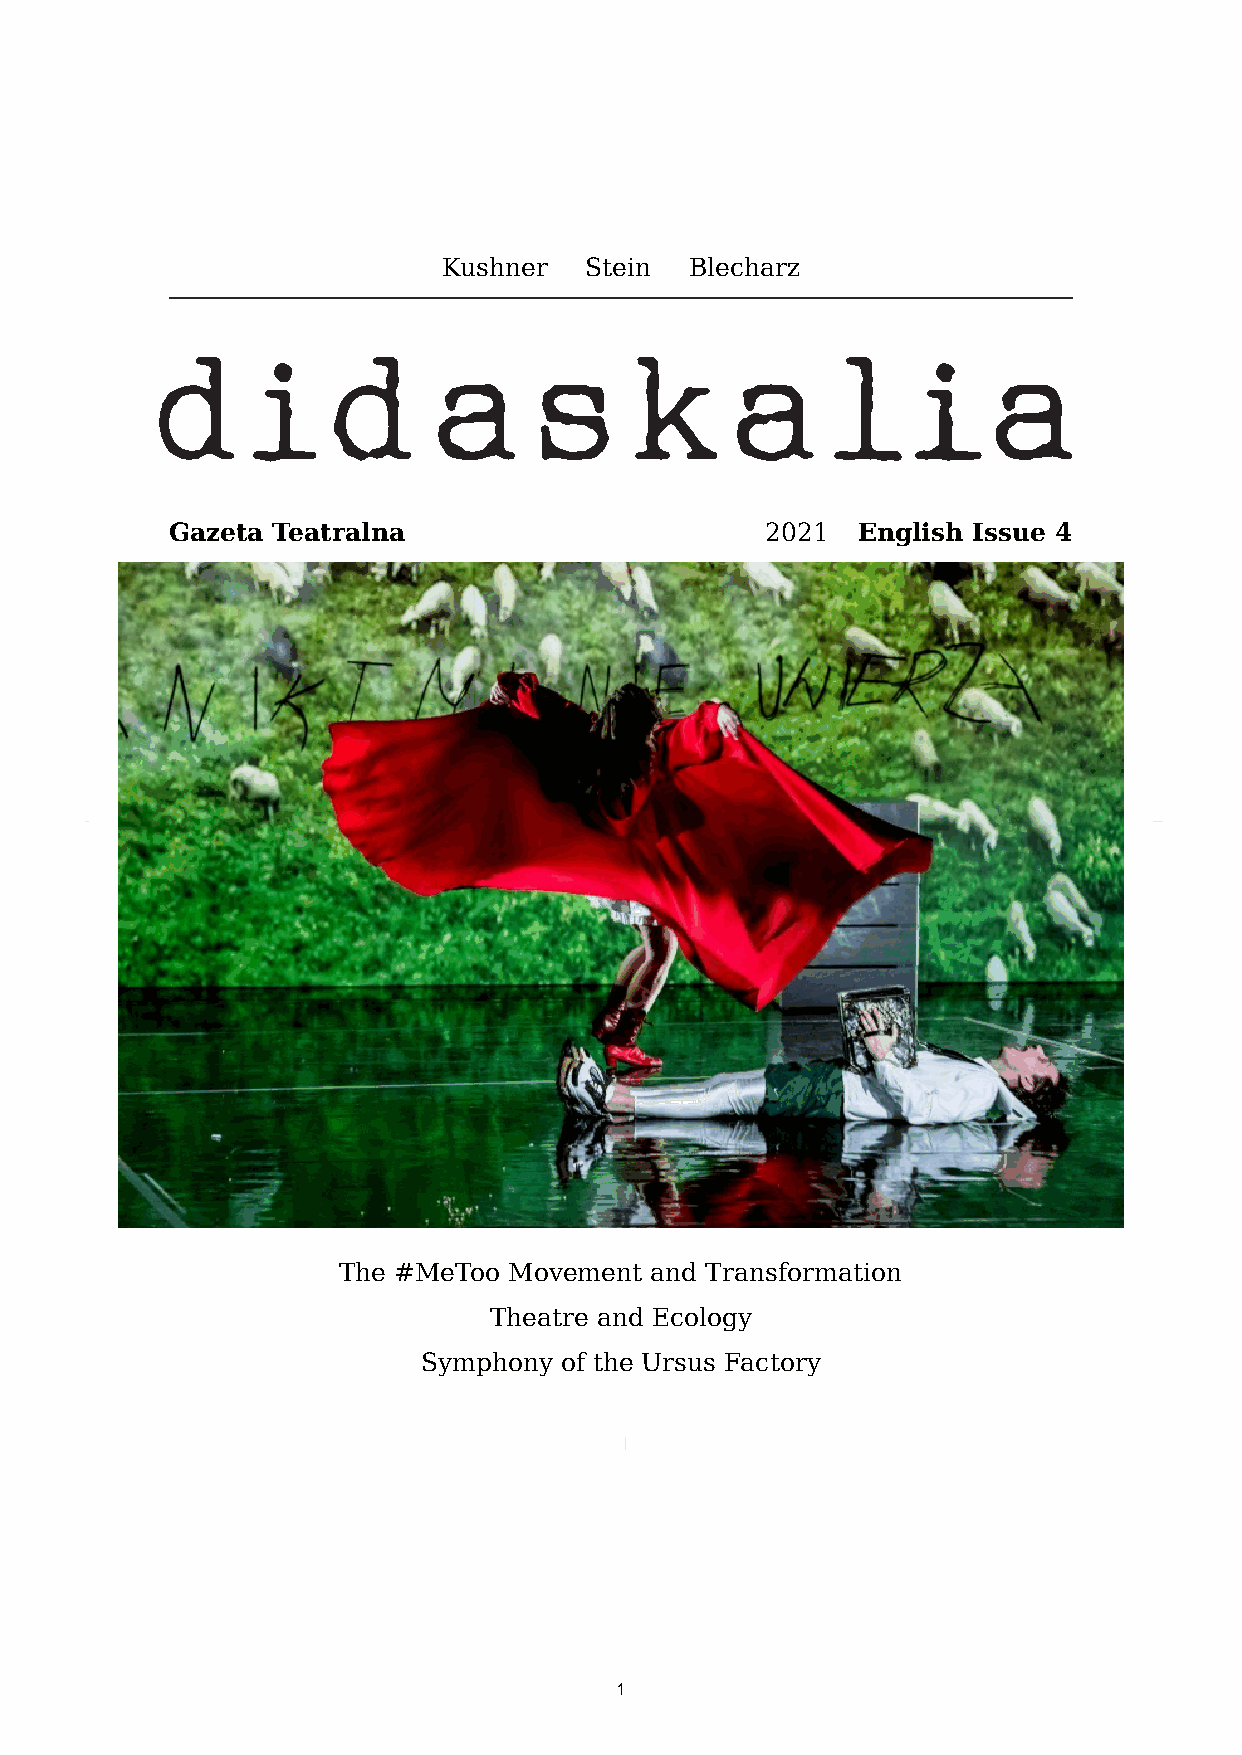
Kushner   Stein  Blecharz
 Gazeta Teatralna                        2021  English Issue 4
 The #MeToo  Movement and Transformation
 Theatre and Ecology
 Symphony of the Ursus Factory
 1